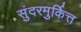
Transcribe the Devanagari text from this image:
सुंदरमुर्कित्त